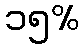
၁၅%